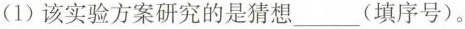
(1)该实验方案研究的是猜想 ___ (填序号)。